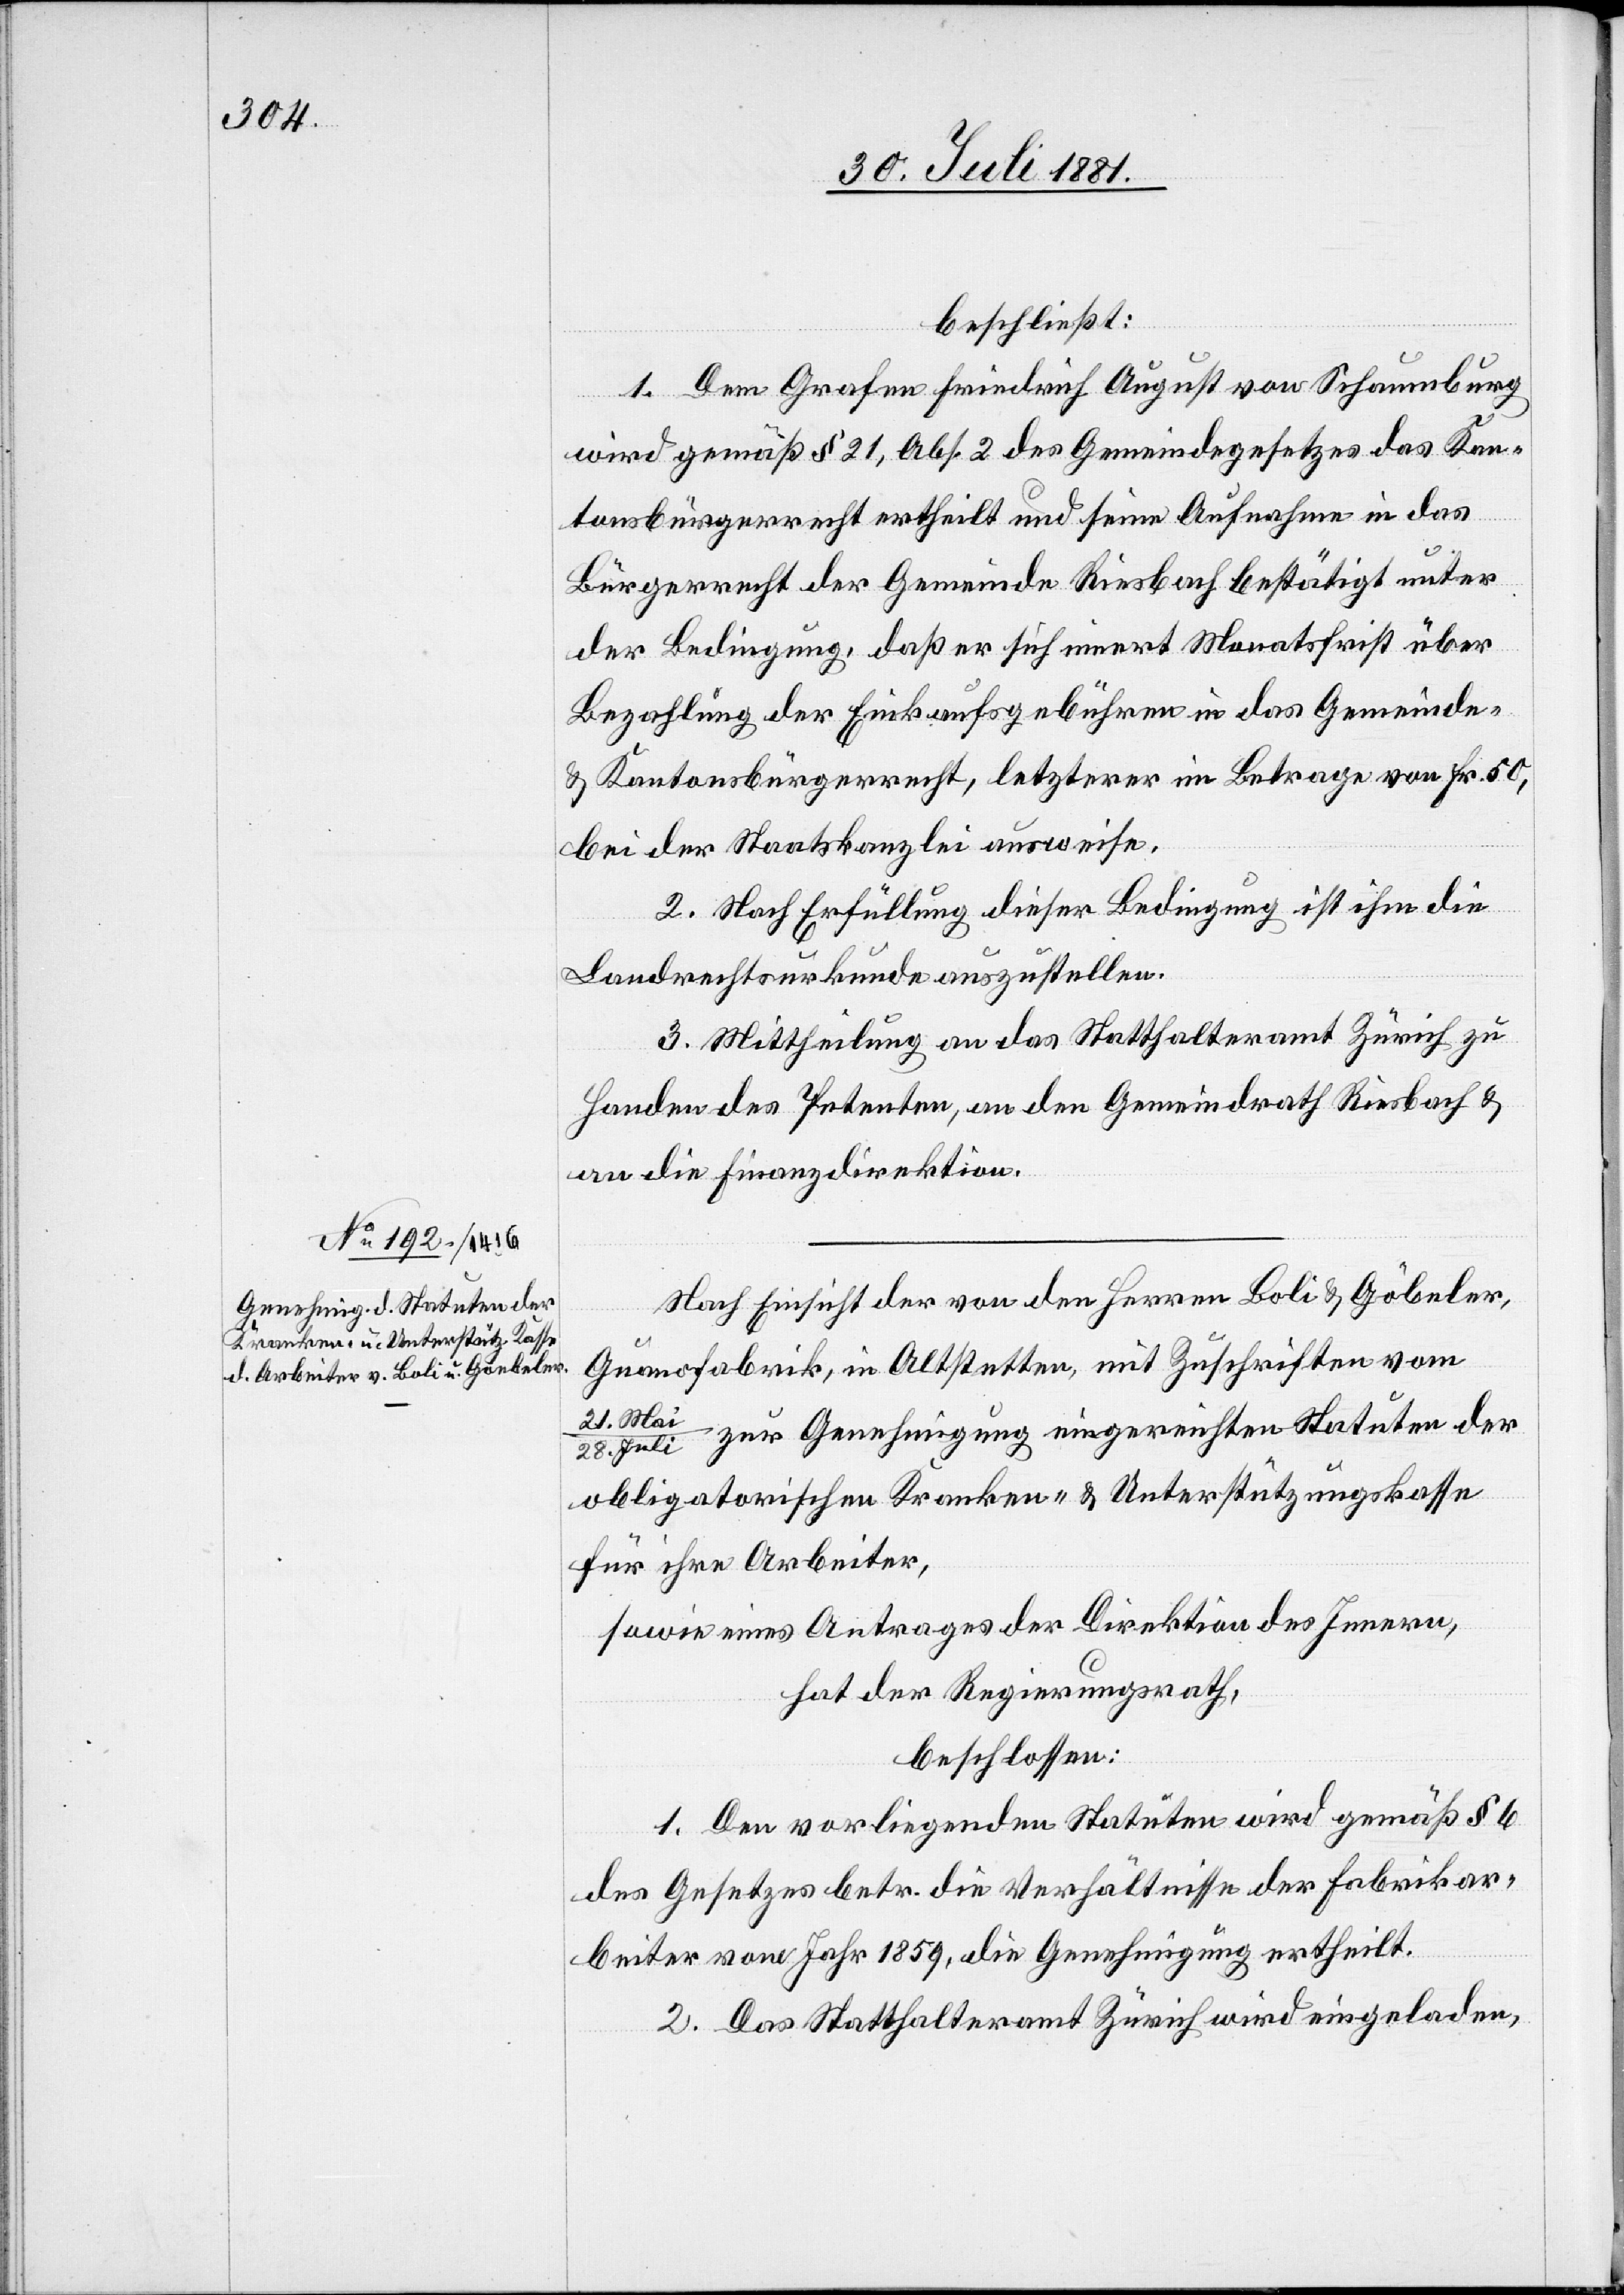
beschließt:
1. Dem Grafen Friedrich August von Schaumburg
wird gemäß § 21, Abs. 2 des Gemeindegesetzes das Kan¬
tonsbürgerrecht ertheilt und seine Aufnahme in das
Bürgerrecht der Gemeinde Riesbach bestätigt unter
der Bedingung, daß er sich innert Monatsfrist über
Bezahlung der Einkaufsgebühren in das Gemeinde-
& Kantonsbürgerrecht, letzerer im Betrage von Fr. 50,
bei der Staatskanzlei ausweise.
2. Nach Erfüllung dieser Bedingung ist ihm die
Landrechtsurkunde auszustellen.
3. Mittheilung an das Statthalteramt Zürich zu
Handen des Petenten, an den Gemeindrath Riesbach &
an die Finanzdirektion.
Nach Einsicht der von den Herren Boli & Göbeler,
Guanofabrik, in Altstetten, mit Zuschriften vom
21. M¬
ai/28. Juli zur Genehmigung eingereichten Statuten der
obligatorischen Kranken- & Unterstützungskasse
für ihre Arbeiter,
sowie eines Antrages der Direktion des Innern,
hat der Regierungsrath,
beschlossen:
1. Den vorliegenden Statuten wird gemäß § 6
des Gesetzes betr. die Verhältnisse der Fabrikar¬
beiter vom Jahr 1859, die Genehmigung ertheilt.
2. Das Statthalteramt Zürich wird eingeladen,